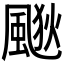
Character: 𱃀